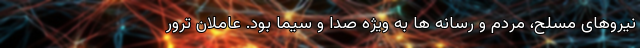
نیروهای مسلح، مردم و رسانه ها به ویژه صدا و سیما بود. عاملان ترور